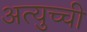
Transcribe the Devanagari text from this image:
अत्युच्ची